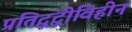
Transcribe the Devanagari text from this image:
प्रतिद्वंद्वीविहीन